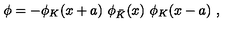
\phi = - \phi _ { K } ( x + a ) \ \phi _ { \bar { K } } ( x ) \ \phi _ { K } ( x - a ) \ ,